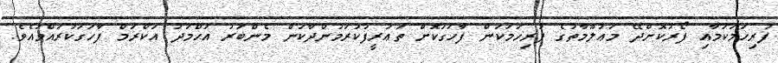
ފުރިހަމަކަމާއި ފޯރުކޮށްދޭ މަޢުލޫމާތުގެ ފުރިހަމަކަން ފާހަގަކޮށް ތަޢުރީފުކުރަމުންދާކަން މެންބަރު އަޙްމަދު އަކްރަމް ފާހަގަކުރައްވައެވެ.